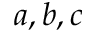
a , b , c